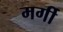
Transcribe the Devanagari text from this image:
मर्गी